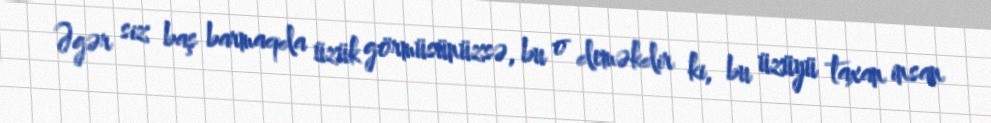
Əgər siz baş barmaqda üzük görmüsünüzsə, bu o deməkdir ki, bu üzüyü taxan insan